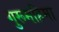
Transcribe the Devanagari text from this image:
गुरूमहिमा